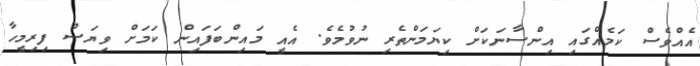
އެއްވެސް ކަމެއްގައި އިންސާނަކަށް ކިޔަމަންތެރި ނުވުމެވެ. އެއީ މައިންބަފައިން ކަމަށް ވިޔަސް ފިރިމީހާ